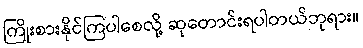
ကြိုးစားနိုင်ကြပါစေလို့ ဆုတောင်းရပါတယ်ဘုရား။